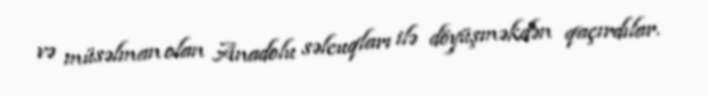
və müsəlman olan Anadolu səlcuqları ilə döyüşməkdən qaçırdılar.